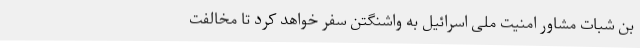
بن شبات مشاور امنیت ملی اسرائیل به واشنگتن سفر خواهد کرد تا مخالفت